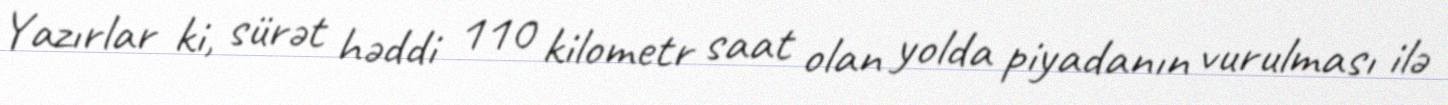
Yazırlar ki, sürət həddi 110 kilometr saat olan yolda piyadanın vurulması ilə